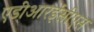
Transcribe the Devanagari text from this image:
एडीआरईसीएस